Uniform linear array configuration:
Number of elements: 16
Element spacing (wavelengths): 0.25
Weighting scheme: kaiser
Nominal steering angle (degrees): -30
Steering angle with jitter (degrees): -28.362
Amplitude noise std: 0.05
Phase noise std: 0.05

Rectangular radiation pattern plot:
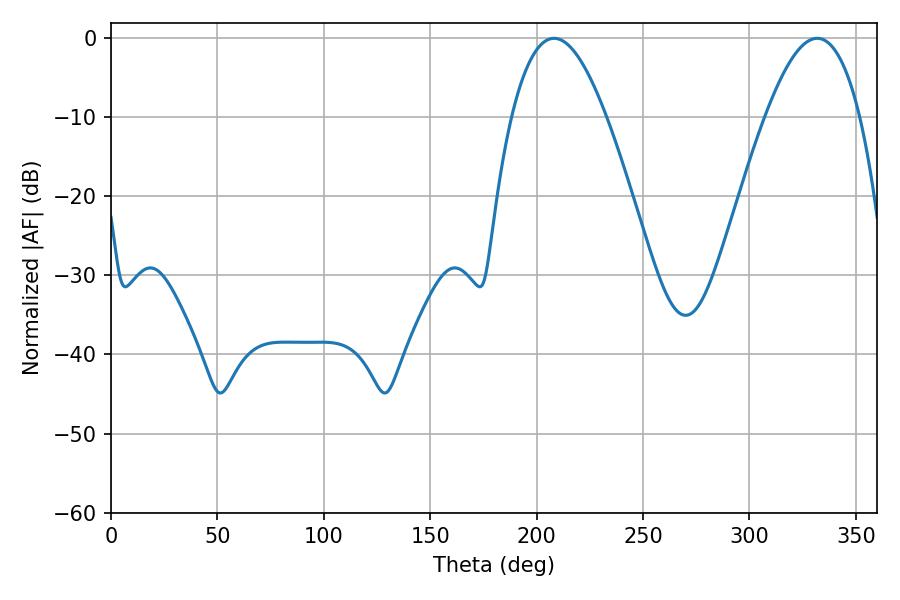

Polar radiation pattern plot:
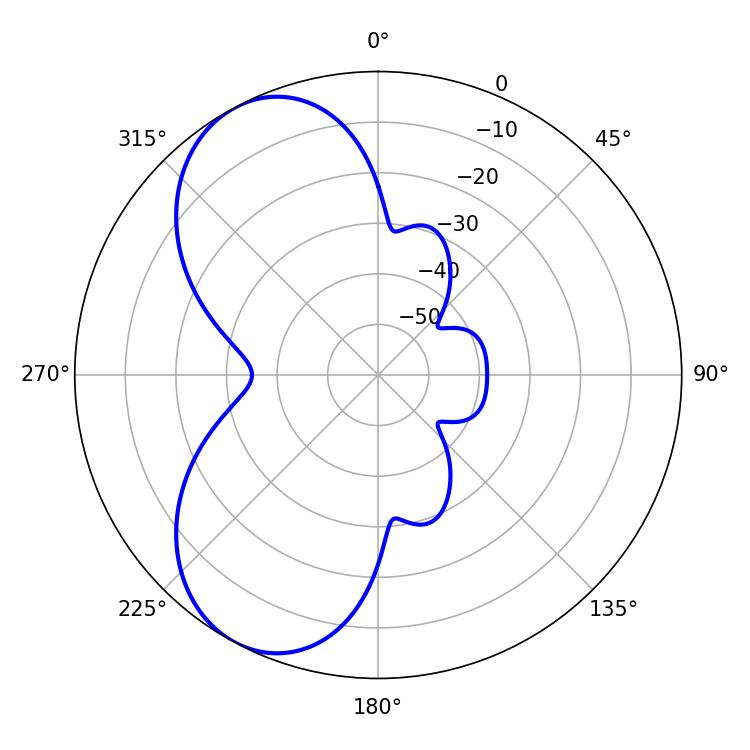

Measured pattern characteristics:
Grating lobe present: FALSE
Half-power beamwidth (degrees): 24.3
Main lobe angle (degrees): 208.08